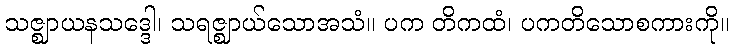
သဇ္ဈာယနသဒ္ဒေါ၊ သရဇ္ဈာယ်သောအသံ။ ပက တိကထံ၊ ပကတိသောစကားကို။